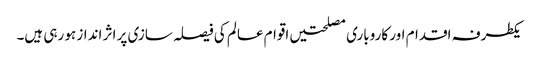
یکطرفہ اقدام اور کاروباری مصلحتیں اقوام عالم کی فیصلہ سازی پر اثر انداز ہو رہی ہیں۔